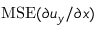
\mathrm { M S E } ( \partial u _ { y } / \partial x )